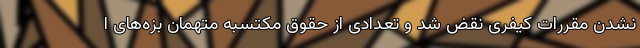
نشدن مقررات کیفری نقض شد و تعدادی از حقوق مکتسبه متهمان بزه‌های ا